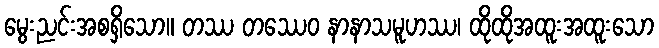
မွေးညင်းအစရှိသော။ တဿ တဿေဝ နာနာသမူဟဿ၊ ထိုထိုအထူးအထူးသော